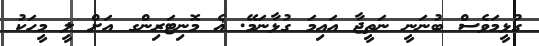
ގުޅީމަވެސް ބުނަނީ ނަތީޖާ އައިމަ ގުޅާނަމޭ. ޣެ މޮނިޓަރިންގ އަށް ލީ މީހަކު